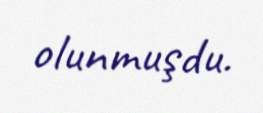
olunmuşdu.